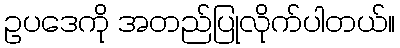
ဥပဒေကို အတည်ပြုလိုက်ပါတယ်။